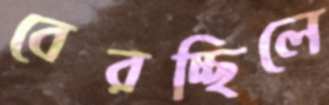
বেরচ্ছিলে